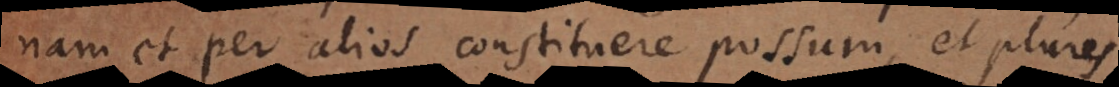
nam et per alios constituere possum, et plures